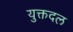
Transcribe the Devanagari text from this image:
युक्तदल